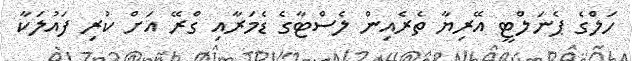
ހަލްގެ ޕެނަލްޓީ އޭރިޔާ ތެރެއިން ލެސްޓާގެ ޑެމަރާއި ގްރޭ އަށް ކުރި ފައުލަކާ